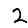
Digit: 2